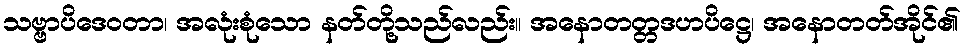
သဗ္ဗာပိဒေဝတာ၊ အလုံးစုံသော နတ်တို့သည်လည်း။ အနောတတ္တဒဟပိဋ္ဌေ၊ အနောတတ်အိုင်၏